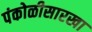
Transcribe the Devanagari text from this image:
पंकोळीसारखा